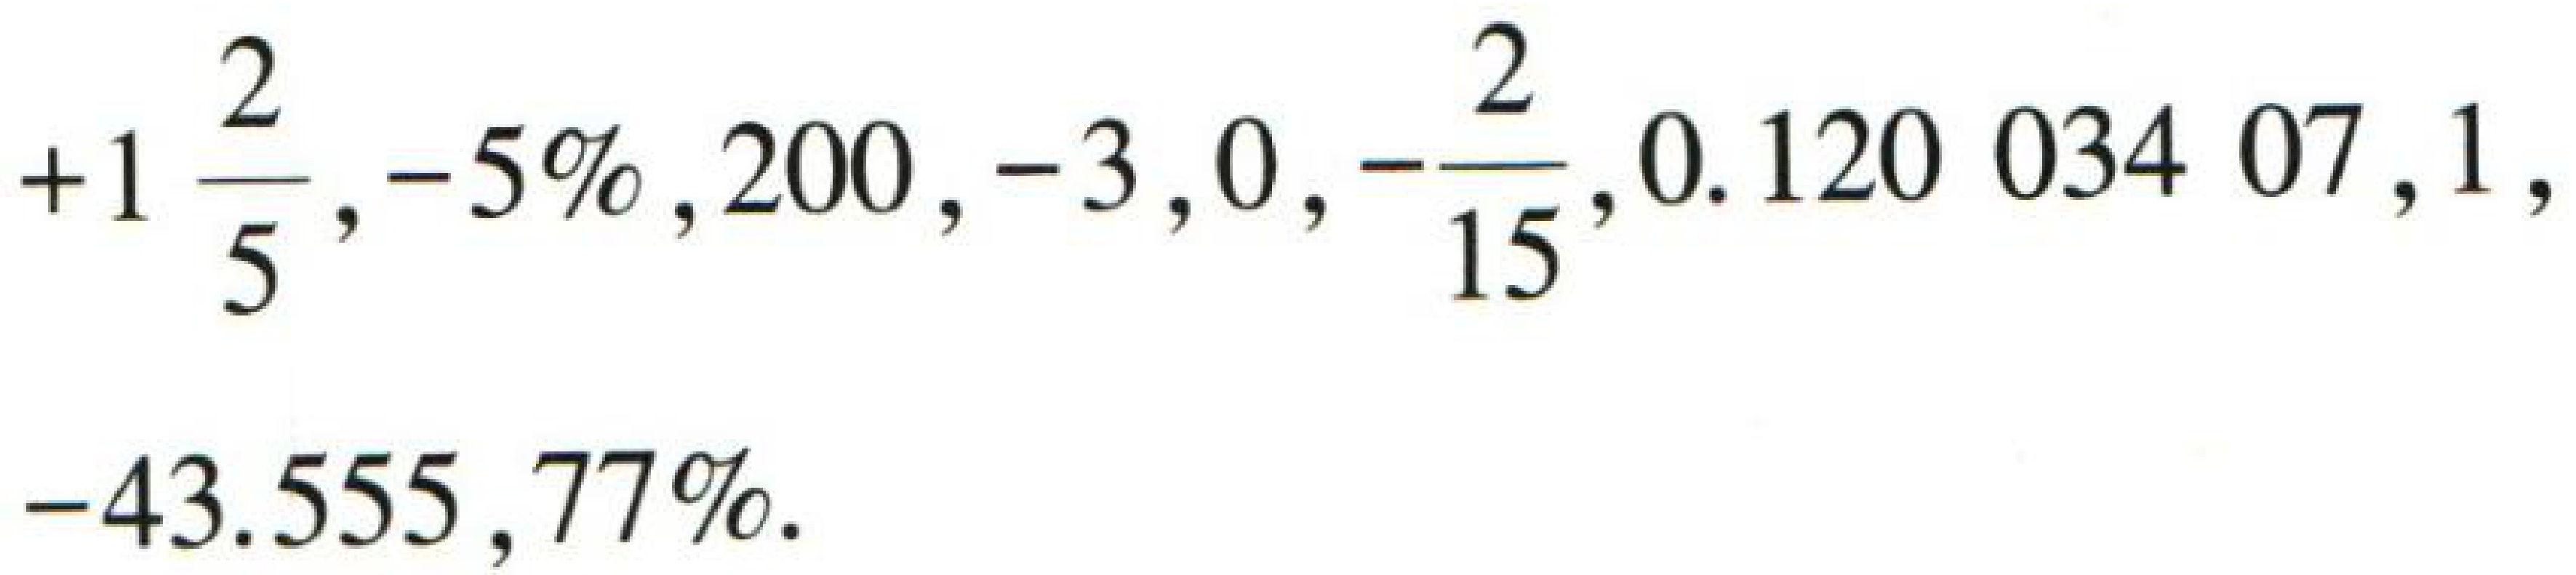
$+1\frac{2}{5}, -5\%, 200, -3, 0, -\frac{2}{15}, 0.120\ 034\ 07, 1, -43.555, 77\%$